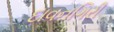
દાવનગિરી